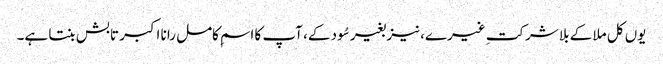
یوں کل ملا کے بلا شرکتِ غیرے، نیز بغیر سُود کے، آپ کا اسمِ کامل رانا اکبر تابش بنتا ہے۔